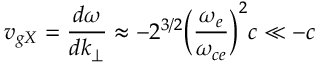
v _ { g X } = \frac { d \omega } { d k _ { \perp } } \approx - 2 ^ { 3 / 2 } \Big ( \frac { \omega _ { e } } { \omega _ { c e } } \Big ) ^ { 2 } c \ll - c